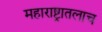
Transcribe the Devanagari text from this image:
महाराष्ट्रातलाच